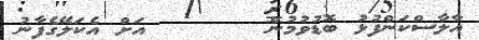
އާލާސްކަންފުޅު ބޮޑުވުމުން       އަށް އެކަލޭގެފާނު